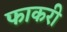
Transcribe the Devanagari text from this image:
फाकरी